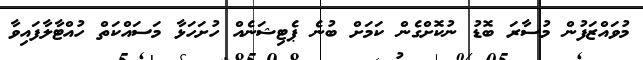
މުވައްޒަފުން މުސާރަ ބޮޑު ނުކޮށްގެން ކަމަށް ބުނެ ޕެޓިޝަނެއް ހުށަހަޅާ މަސައްކަތް ހުއްޓާލާފައިވާ